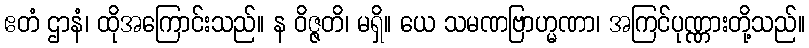
ဧတံ ဌာနံ၊ ထိုအကြောင်းသည်။ န ဝိဇ္ဇတိ၊ မရှိ။ ယေ သမဏဗြာဟ္မဏာ၊ အကြင်ပုဏ္ဏားတို့သည်။